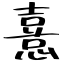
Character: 憙